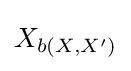
X_{b\left(X,X^{\prime }\right)}